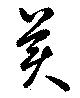
美